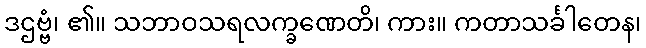
ဒဌဗ္ဗံ၊ ၏။ သဘာဝသရလက္ခဏေတိ၊ ကား။ ကတာသင်္ခါတေန၊